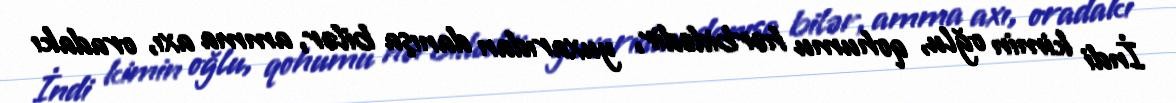
İndi kimin oğlu, qohumu hərbidədir, yuxarıdan danışa bilər, amma axı, oradakı